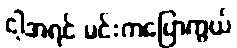
ငါ့အရင် မင်းကပြောကွယ်